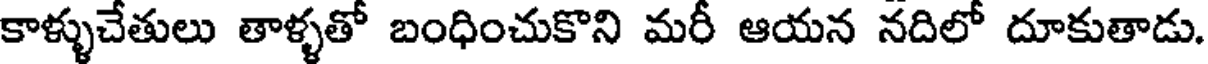
కాళ్ళుచేతులు తాళ్ళతో బంధించుకొని మరీ ఆయన నదిలో దూకుతాడు.